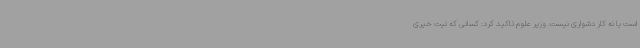
است یا نه کار دشواری نیست. وزیر علوم تاکید کرد: کسانی که نیت خیری